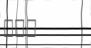
١٠٩